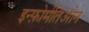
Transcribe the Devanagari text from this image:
इन्फ़ोर्मतिओन